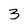
Character: 3